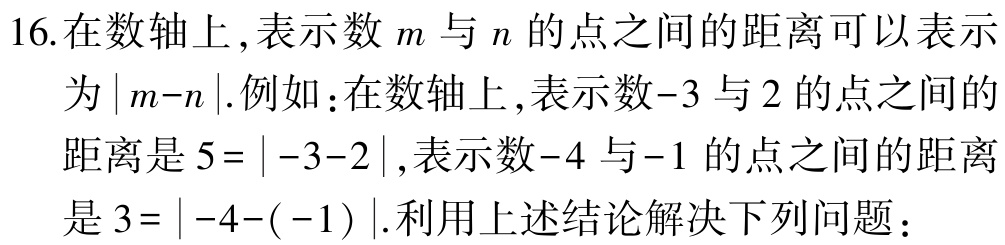
16.在数轴上,表示数\(m\)与\(n\)的点之间的距离可以表示为\(\vert m - n\vert\).例如：在数轴上,表示数\(-3\)与\(2\)的点之间的距离是\(5=\vert -3 - 2\vert\),表示数\(-4\)与\(-1\)的点之间的距离是\(3=\vert -4 - (-1)\vert\).利用上述结论解决下列问题：